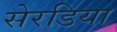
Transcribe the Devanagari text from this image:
सेरडिया